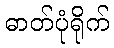
ဓာတ်ပုံရိုက်